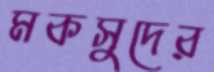
মকসুদের